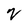
Character: 2